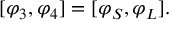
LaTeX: [ \varphi _ { 3 } , \varphi _ { 4 } ] = [ \varphi _ { S } , \varphi _ { L } ] .